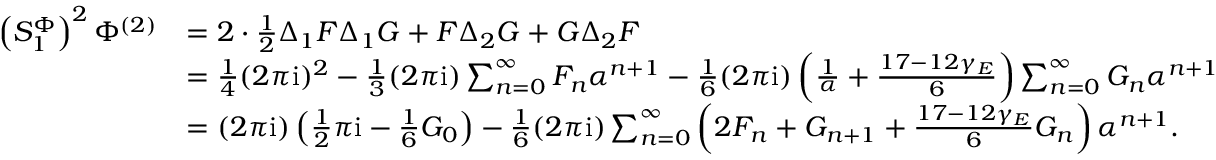
\begin{array} { r l } { \left( S _ { 1 } ^ { \Phi } \right) ^ { 2 } \Phi ^ { ( 2 ) } } & { = 2 \cdot \frac 1 2 \Delta _ { 1 } F \Delta _ { 1 } G + F \Delta _ { 2 } G + G \Delta _ { 2 } F } \\ & { = \frac 1 4 ( 2 \pi \mathrm { i } ) ^ { 2 } - \frac 1 3 ( 2 \pi \mathrm { i } ) \sum _ { n = 0 } ^ { \infty } F _ { n } \alpha ^ { n + 1 } - \frac 1 6 ( 2 \pi \mathrm { i } ) \left( \frac { 1 } \alpha + \frac { 1 7 - 1 2 \gamma _ { E } } { 6 } \right) \sum _ { n = 0 } ^ { \infty } G _ { n } \alpha ^ { n + 1 } } \\ & { = ( 2 \pi \mathrm { i } ) \left( \frac 1 2 \pi \mathrm { i } - \frac { 1 } { 6 } G _ { 0 } \right) - \frac 1 6 ( 2 \pi \mathrm { i } ) \sum _ { n = 0 } ^ { \infty } \left( 2 F _ { n } + G _ { n + 1 } + \frac { 1 7 - 1 2 \gamma _ { E } } { 6 } G _ { n } \right) \alpha ^ { n + 1 } . } \end{array}